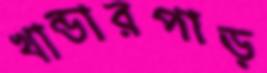
খান্ডারপাড়